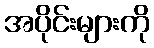
အပိုင်းများကို